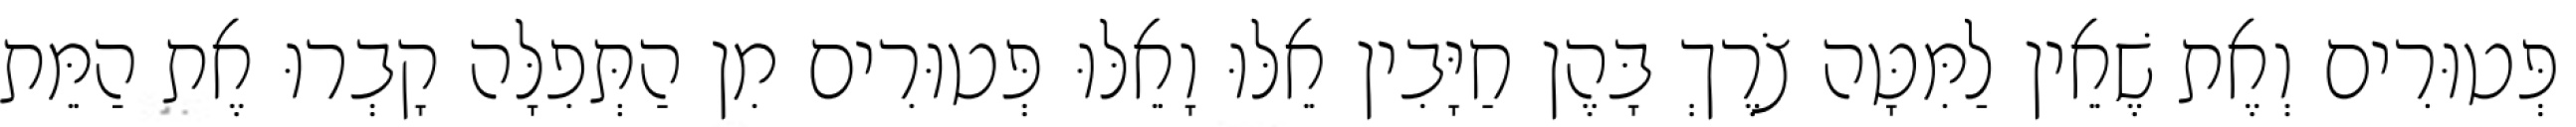
פְּטוּרִים וְאֶת שֶׁאֵין לַמִּטָּה צֹרֶךְ בָּהֶן חַיָּבִין אֵלּוּ וָאֵלּוּ פְּטוּרִים מִן הַתְּפִלָּה קָבְרוּ אֶת הַמֵּת